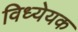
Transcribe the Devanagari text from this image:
विध्येयक